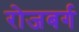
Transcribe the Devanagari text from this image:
रोजबर्ग